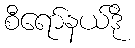
စီရော်နယ်ဒို